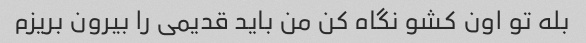
بله تو اون کشو نگاه کن من باید قدیمی را بیرون بریزم